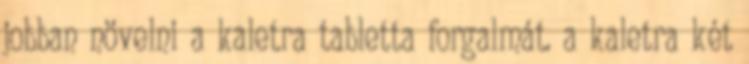
jobban növelni a kaletra tabletta forgalmát. a kaletra két